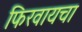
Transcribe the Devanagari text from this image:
फिरवायचा